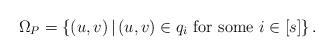
LaTeX: \begin{align*}\Omega_P = \{ (u,v) \, | \, (u,v) \in q_i \textnormal{ for some } i \in [s] \} \, .\end{align*}